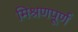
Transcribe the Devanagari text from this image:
मिश्रणपूर्ण